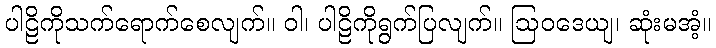
ပါဠိကိုသက်ရောက်စေလျက်။ ဝါ၊ ပါဠိကိုရွက်ပြလျက်။ ဩဝဒေယျ၊ ဆုံးမအံ့။